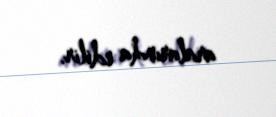
aralarında edilir.